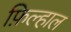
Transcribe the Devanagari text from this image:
फ़िल्हाल